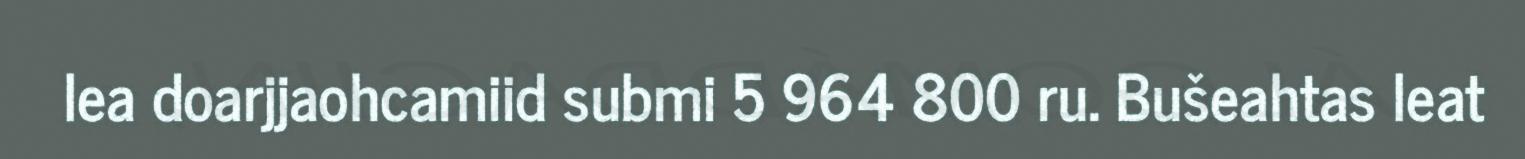
lea doarjjaohcamiid submi 5 964 800 ru. Bušeahtas leat